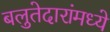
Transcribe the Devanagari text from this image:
बलुतेदारांमध्ये